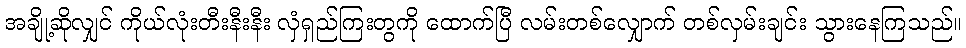
အချို့ဆိုလျှင် ကိုယ်လုံးတီးနီးနီး လှံရှည်ကြးတွကို ထောက်ပြီ လမ်းတစ်လျှောက် တစ်လှမ်းချင်း သွားနေကြသည်။